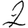
Digit: 2